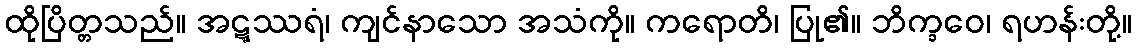
ထိုပြိတ္တသည်။ အဋ္ဋဿရံ၊ ကျင်နာသော အသံကို။ ကရောတိ၊ ပြု၏။ ဘိက္ခဝေ၊ ရဟန်းတို့။